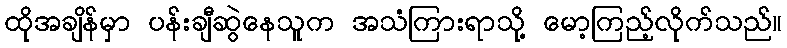
ထိုအချိန်မှာ ပန်းချီဆွဲနေသူက အသံကြားရာသို့ မော့ကြည့်လိုက်သည်။